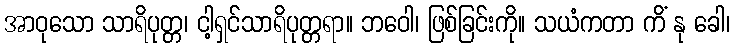
အာဝုသော သာရိပုတ္တ၊ ငါ့ရှင်သာရိပုတ္တရာ။ ဘဝေါ၊ ဖြစ်ခြင်းကို။ သယံကတာ ကိံ နု ခေါ၊